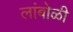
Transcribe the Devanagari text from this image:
लांबोळी